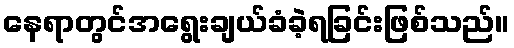
နေရာတွင်အရွေးချယ်ခံခဲ့ရခြင်းဖြစ်သည်။